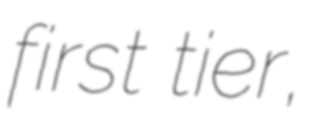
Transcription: first tier,